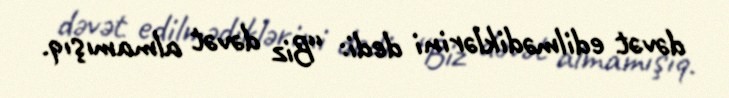
dəvət edilmədiklərini dedi: “Biz dəvət almamışıq.